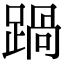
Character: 踻